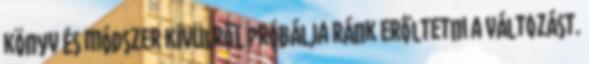
könyv és módszer kívülről próbálja ránk erőltetni a változást.